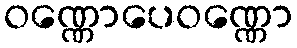
ဝဏ္ဏောပေဝဏ္ဏော